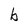
Character: b